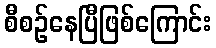
စီစဉ်နေပြီဖြစ်ကြောင်း